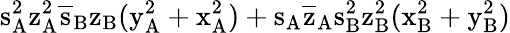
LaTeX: \mathrm{s_{A}^{2}\mathrm{z_{A}^{2}\mathrm{\overline{{s}}_{B}\mathrm{z_{B}(\mathrm{y_{A}^{2}+\mathrm{x_{A}^{2})+\mathrm{s_{A}\mathrm{\overline{{z}}_{A}\mathrm{s_{B}^{2}\mathrm{z_{B}^{2}(\mathrm{x_{B}^{2}+\mathrm{y_{B}^{2})}}}}}}}}}}}}